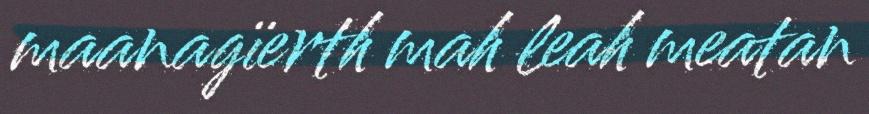
maanagïerth mah leah meatan